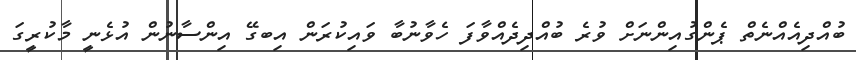
ބުއްދިއެއްނެތް ޕެންގުއިންނަށް ވުރެ ބުއްދިދެއްވާފަ ހެވާނުބާ ވައިކުރަން އިބގޭ އިންސާނުން އުޅެނީ މާކުރީގަ